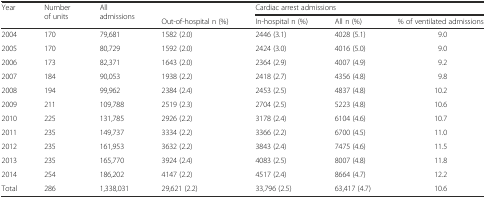
<table><thead><tr><td rowspan="2"><b>Year</b></td><td rowspan="2"><b>Number of units</b></td><td rowspan="2"><b>All admissions</b></td><td></td><td colspan="3"><b>Cardiac arrest admissions</b></td></tr><tr><td><b>Out-of-hospital n (%)</b></td><td><b>In-hospital n (%)</b></td><td><b>All n (%)</b></td><td><b>% of ventilated admissions</b></td></tr></thead><tbody><tr><td>2004</td><td>170</td><td>79,681</td><td>1582 (2.0)</td><td>2446 (3.1)</td><td>4028 (5.1)</td><td>9.0</td></tr><tr><td>2005</td><td>170</td><td>80,729</td><td>1592 (2.0)</td><td>2424 (3.0)</td><td>4016 (5.0)</td><td>9.0</td></tr><tr><td>2006</td><td>173</td><td>82,371</td><td>1643 (2.0)</td><td>2364 (2.9)</td><td>4007 (4.9)</td><td>9.2</td></tr><tr><td>2007</td><td>184</td><td>90,053</td><td>1938 (2.2)</td><td>2418 (2.7)</td><td>4356 (4.8)</td><td>9.8</td></tr><tr><td>2008</td><td>194</td><td>99,962</td><td>2384 (2.4)</td><td>2453 (2.5)</td><td>4837 (4.8)</td><td>10.2</td></tr><tr><td>2009</td><td>211</td><td>109,788</td><td>2519 (2.3)</td><td>2704 (2.5)</td><td>5223 (4.8)</td><td>10.6</td></tr><tr><td>2010</td><td>225</td><td>131,785</td><td>2926 (2.2)</td><td>3178 (2.4)</td><td>6104 (4.6)</td><td>10.7</td></tr><tr><td>2011</td><td>235</td><td>149,737</td><td>3334 (2.2)</td><td>3366 (2.2)</td><td>6700 (4.5)</td><td>11.0</td></tr><tr><td>2012</td><td>235</td><td>161,953</td><td>3632 (2.2)</td><td>3843 (2.4)</td><td>7475 (4.6)</td><td>11.5</td></tr><tr><td>2013</td><td>235</td><td>165,770</td><td>3924 (2.4)</td><td>4083 (2.5)</td><td>8007 (4.8)</td><td>11.8</td></tr><tr><td>2014</td><td>254</td><td>186,202</td><td>4147 (2.2)</td><td>4517 (2.4)</td><td>8664 (4.7)</td><td>12.2</td></tr><tr><td>Total</td><td>286</td><td>1,338,031</td><td>29,621 (2.2)</td><td>33,796 (2.5)</td><td>63,417 (4.7)</td><td>10.6</td></tr></tbody></table>